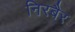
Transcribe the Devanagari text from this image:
निरबैर